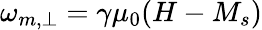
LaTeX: \omega_{m,\perp}=\gamma\mu_{0}(H-M_{s})